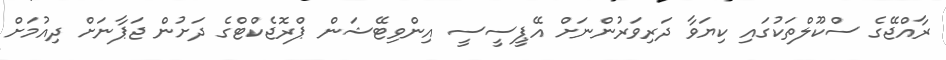
ރާއްޖޭގެ ސްކޫލްތަކުގައި ކިޔަވާ ދަރިވަރުންނަށް އޭޕީސީސީ އިންވިޓޭޝަން ޕްރޮޖެކްޓްގެ ދަށުން ޖަޕާނަށް ދިއުމަށް